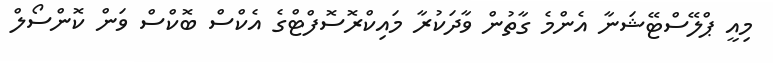
މިއީ ޕްލޭސްޓޭޝަނާ އެންމެ ގާތުން ވާދަކުރާ މައިކްރޮސޮފްޓްގެ އެކްސް ބޮކްސް ވަން ކޮންސޯލް